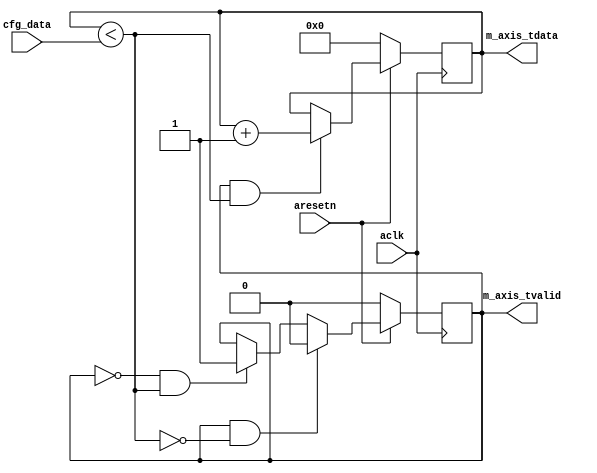
module axis_counter #
(
  parameter integer AXIS_TDATA_WIDTH = 32,
  parameter integer CNTR_WIDTH = 32
)
(
  input  wire                        aclk,
  input  wire                        aresetn,
  input  wire [CNTR_WIDTH-1:0]       cfg_data,
  output wire [AXIS_TDATA_WIDTH-1:0] m_axis_tdata,
  output wire                        m_axis_tvalid
);
  reg [CNTR_WIDTH-1:0] int_cntr_reg, int_cntr_next;
  reg int_enbl_reg, int_enbl_next;
  wire int_comp_wire;
  always @(posedge aclk)
  begin
    if(~aresetn)
    begin
      int_cntr_reg <= {(CNTR_WIDTH){1'b0}};
      int_enbl_reg <= 1'b0;
    end
    else
    begin
      int_cntr_reg <= int_cntr_next;
      int_enbl_reg <= int_enbl_next;
    end
  end
  assign int_comp_wire = int_cntr_reg < cfg_data;
  always @*
  begin
    int_cntr_next = int_cntr_reg;
    int_enbl_next = int_enbl_reg;
    if(~int_enbl_reg & int_comp_wire)
    begin
      int_enbl_next = 1'b1;
    end
    if(int_enbl_reg & int_comp_wire)
    begin
      int_cntr_next = int_cntr_reg + 1'b1;
    end
    if(int_enbl_reg & ~int_comp_wire)
    begin
      int_enbl_next = 1'b0;
    end
  end
  assign m_axis_tdata = {{(AXIS_TDATA_WIDTH-CNTR_WIDTH){1'b0}}, int_cntr_reg};
  assign m_axis_tvalid = int_enbl_reg;
endmodule